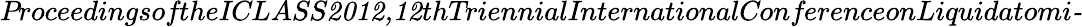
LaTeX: \textit{ProceedingsoftheICLASS2012,12thTriennialInternationalConferenceonLiquidatomi-}